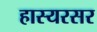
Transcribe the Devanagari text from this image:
हास्यरसर